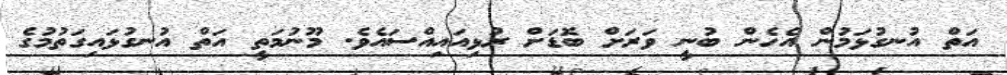
އަތް އުނގުޅަމުން އެހެން ބުނީ ވަރަށް ބޮޑަށް ރުޅިއައިއްސައެވެ. މޫނުމަތީ އަތް އުނގުޅައިގަތުމުގެ